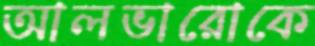
আলভারোকে